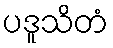
ပဒူသိတံ